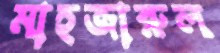
মাহজারুল